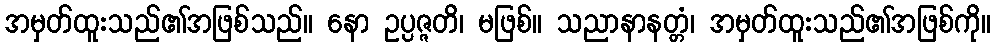
အမှတ်ထူးသည်၏အဖြစ်သည်။ နော ဥပ္ပဇ္ဇတိ၊ မဖြစ်။ သညာနာနတ္တံ၊ အမှတ်ထူးသည်၏အဖြစ်ကို။